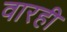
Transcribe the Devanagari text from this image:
वारही